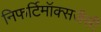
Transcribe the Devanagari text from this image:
निफर्टिमॉक्सजैसी